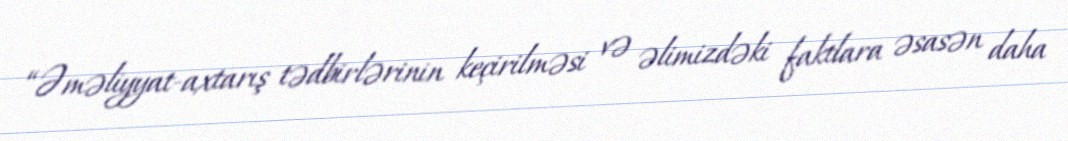
“Əməliyyat-axtarış tədbirlərinin keçirilməsi və əlimizdəki faktlara əsasən daha